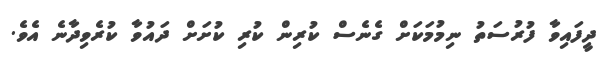
ދީފައިވާ ފުރުސަތު ނިމުމަކަށް ގެނެސް ކުރިން ކުރި ކުށަށް ދައުވާ ކުރެވިދާނެ އެވެ.